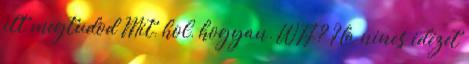
itt megtudod Mit, hol, hogyan. WTF? Ha nincs idézet